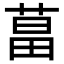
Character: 𦵆